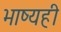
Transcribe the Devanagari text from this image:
भाष्यही